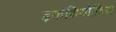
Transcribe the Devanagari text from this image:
इकथियोफ़िस